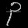
Digit: ၃